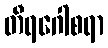
တီရဂေါစရာ